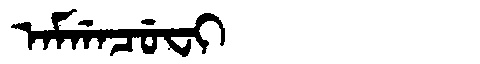
Manchu: ᠠᠮᡤᠠᠴᡠᠸᡳ
Romanization: AMGACUFI